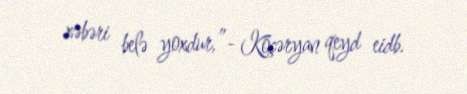
xəbəri belə yoxdur,”- Köçəryan qeyd eidb.